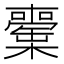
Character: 𣟘